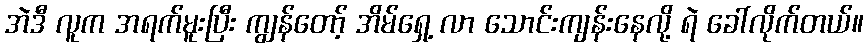
အဲဒီ လူက အရက်မူးပြီး ကျွန်တော့် အိမ်ရှေ့ လာ သောင်းကျန်းနေလို့ ရဲ ခေါ်လိုက်တယ်။